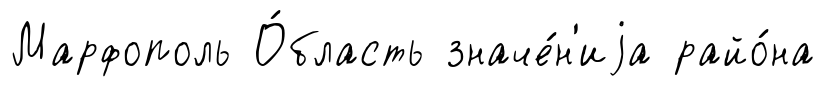
Марфополь О́бласть значе́н'иjа райо́на